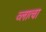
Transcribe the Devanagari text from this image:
व्लात्वा